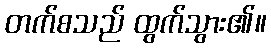
တက်စသည် ထွက်သွား၏။